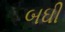
બઘી